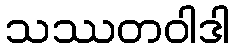
သဿတဝါဒါ